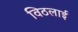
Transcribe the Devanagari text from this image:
विठलाई